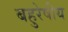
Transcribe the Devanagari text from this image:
बहुरेषीय